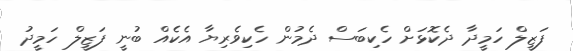
ފަޒީލް ހަމީދާ ދެކޮޅަށް ހެކިބަސް ދެމުން ހެކިވެރިޔާ އެކެއް ބުނީ ފަޒީލް ހަމީދު